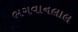
ભગવાનલાલ